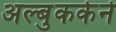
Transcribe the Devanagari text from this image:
अल्बुकर्कने